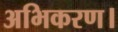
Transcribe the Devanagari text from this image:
अभिकरण।